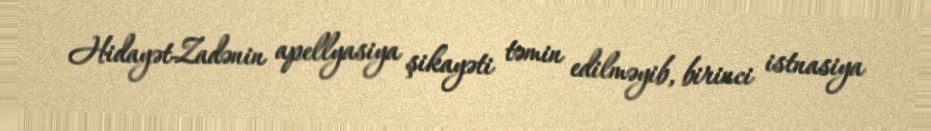
Hidayət-Zadənin apellyasiya şikayəti təmin edilməyib, birinci istnasiya